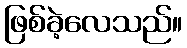
ဖြစ်ခဲ့လေသည်။